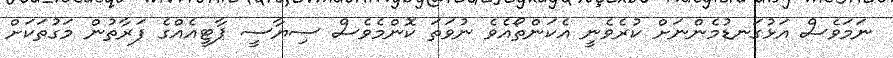
ނަމަވެސް އަޅުގަނޑުމެންނަށް ކުރެވެނީ އެކަންތޯއެވެ ނުވަތަ ކޮންމެވެސް ސިޔާސީ ޕާޓީއެއްގެ ފަރާތުން މަގުތަކަށް